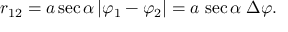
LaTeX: r _ { 1 2 } = a \sec \alpha \, | \varphi _ { 1 } - \varphi _ { 2 } | = a \, \sec \alpha \; \Delta \varphi .